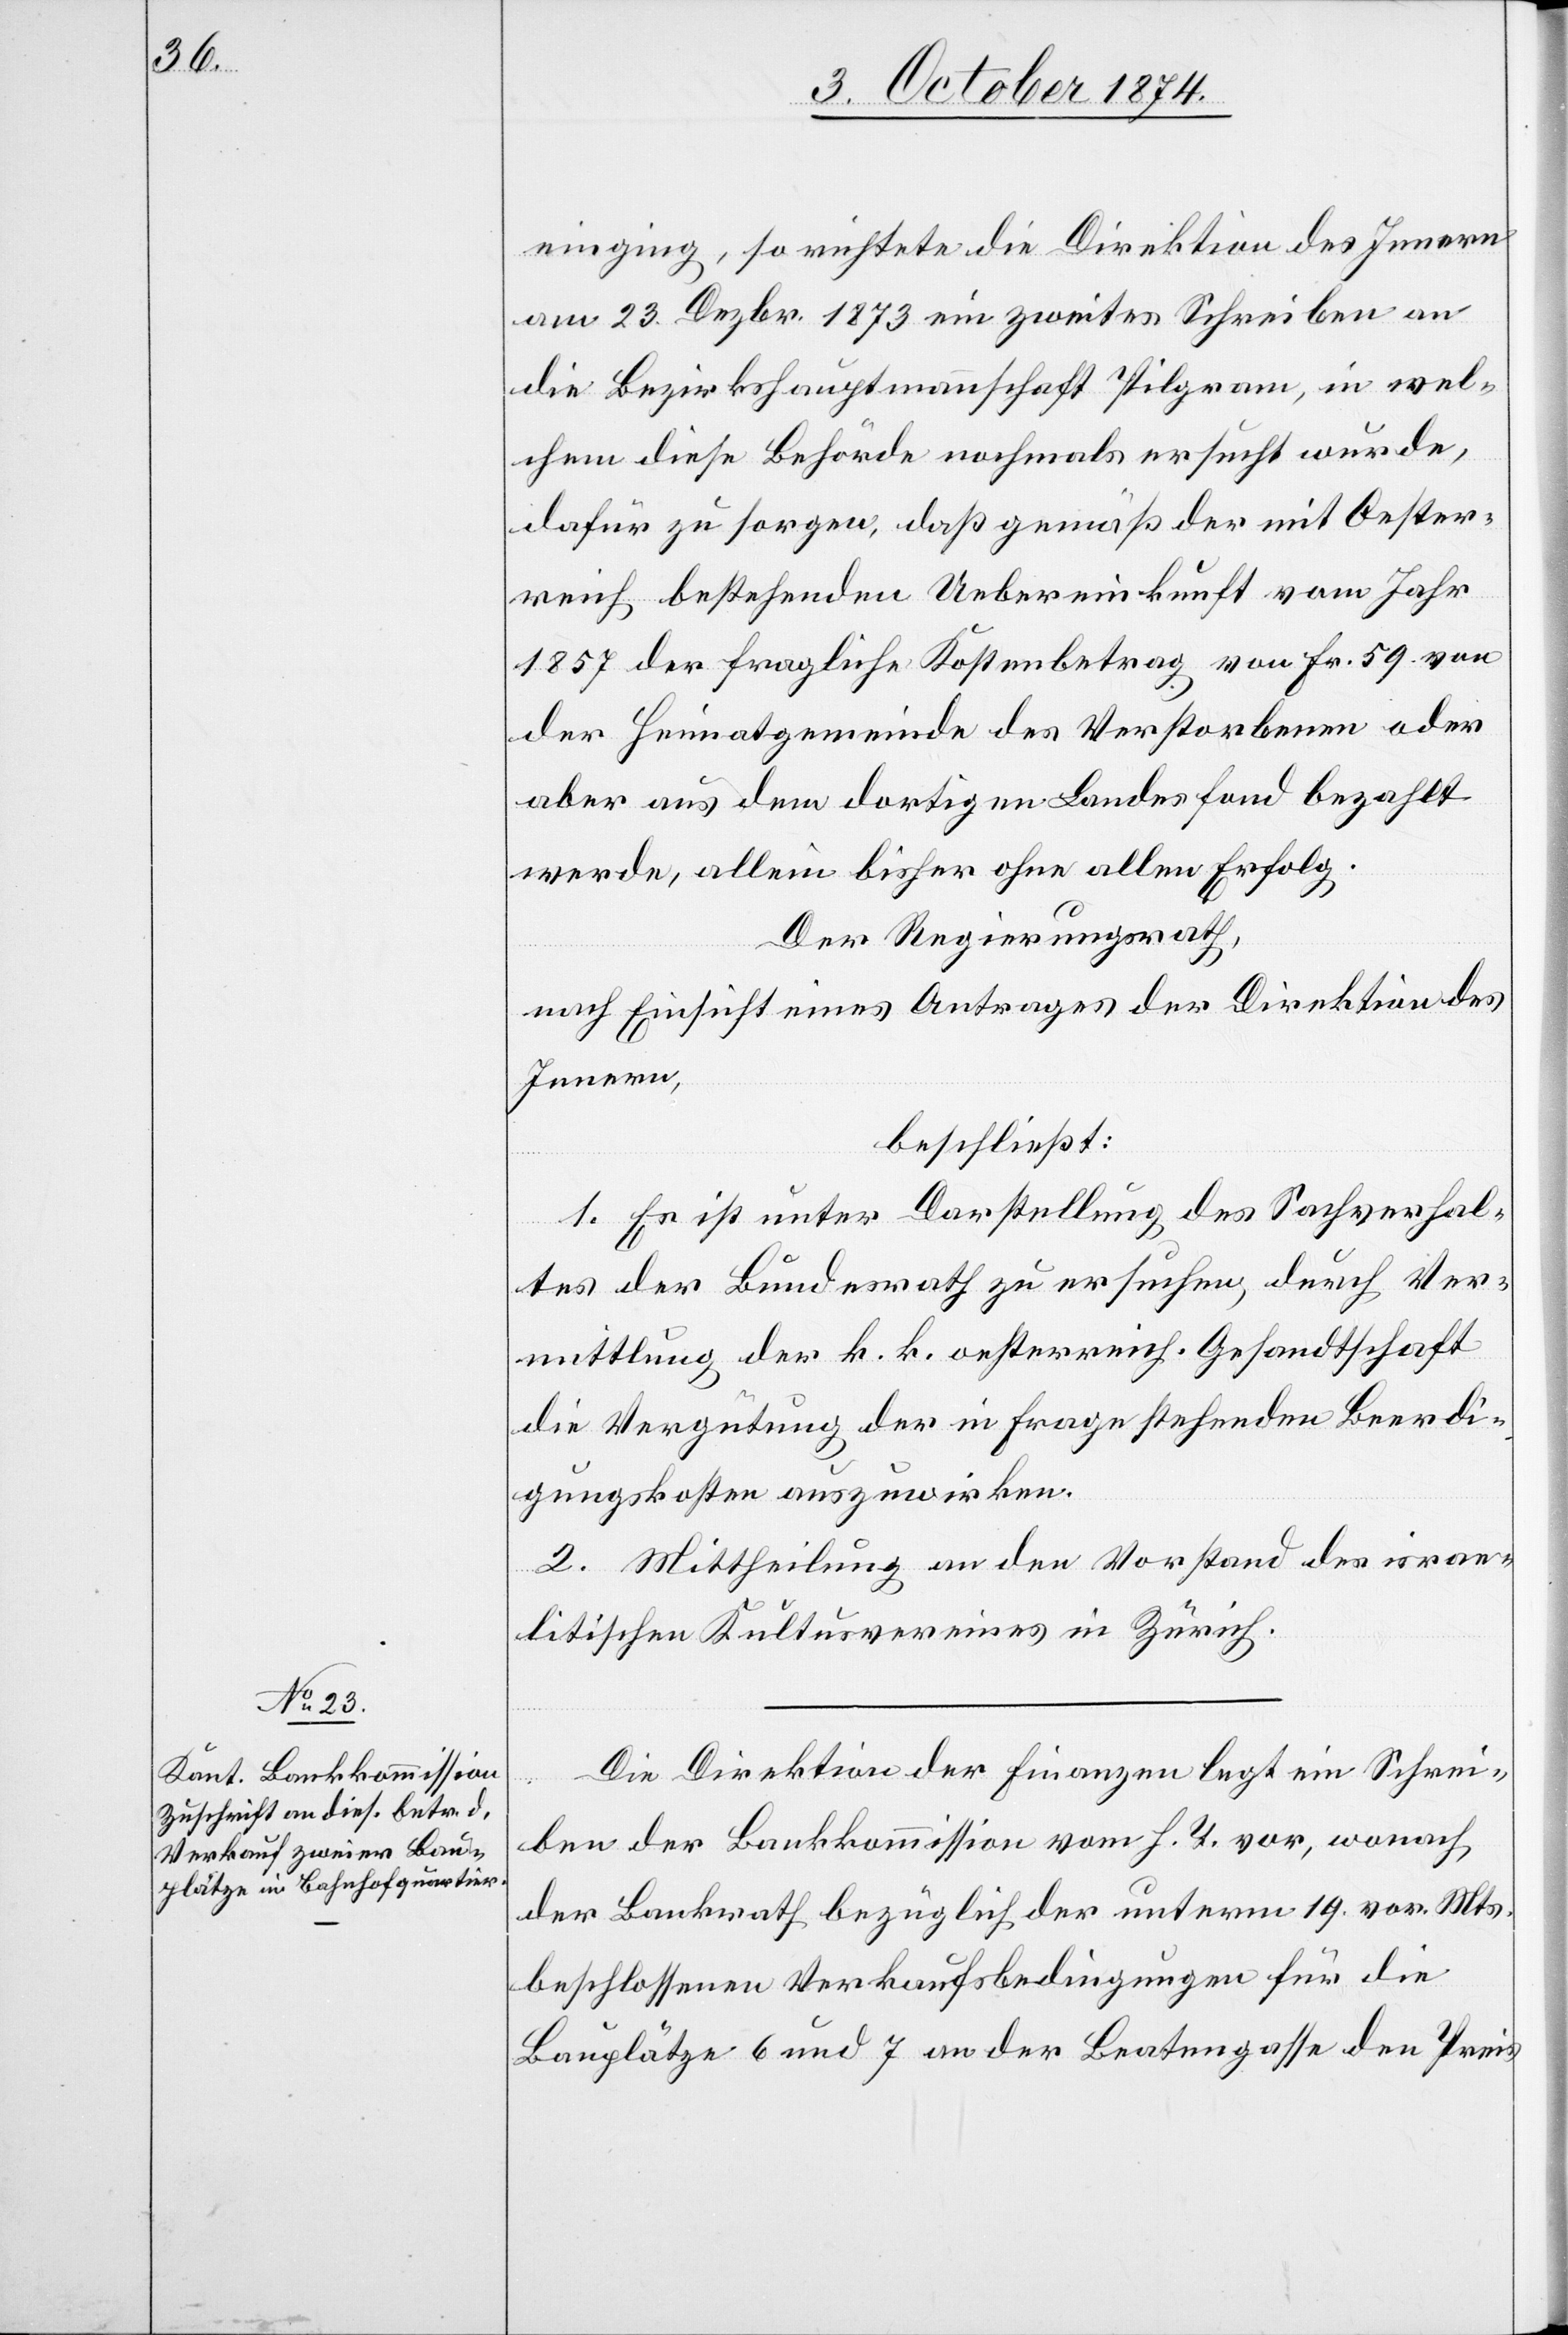
einging, so richtete die Direktion des Innern
am 23. Dezbr. 1873 ein zweites Schreiben an
die Bezirkshauptmannschaft Pilgram, in wel¬
chem diese Behörde nochmals ersucht wurde,
dafür zu sorgen, daß gemäß der mit Oester¬
reich bestehenden Uebereinkunft vom Jahr
1857 der fragliche Kostenbetrag von Fr. 59 von
der Heimatgemeinde des Verstorbenen oder
aber aus dem dortigen Landesfond bezahlt
werde, allein bisher ohne allen Erfolg.
Der Regierungsrath,
nach Einsicht eines Antrages der Direktion des
Innern,
beschließt:
1. Es ist unter Darstellung des Sachverhal¬
tes der Bundesrath zu ersuchen, durch Ver¬
mittlung der k. k. oesterreich. Gesandtschaft
die Vergütung der in Frage stehenden Beerdi¬
gungskosten auszuwirken.
2. Mittheilung an den Vorstand des israe¬
litischen Kultusvereines in Zürich.
Die Direktion der Finanzen legt ein Schrei¬
ben der Bankkommission vom h. T. vor, wonach
der Bankrath bezüglich der unterm 19. vor. Mts.
beschlossenen Verkaufsbedingungen für die
Bauplätze 6 und 7 an der Beatengasse den Preis